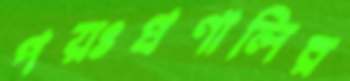
পয়ঃপ্রণালির